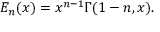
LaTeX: E _ { n } ( x ) = x ^ { n - 1 } \Gamma ( 1 - n , x ) .